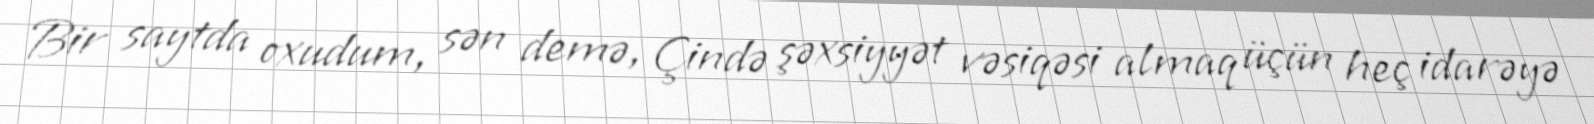
Bir saytda oxudum, sən demə, Çində şəxsiyyət vəsiqəsi almaq üçün heç idarəyə